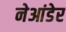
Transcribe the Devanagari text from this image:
नेआंडेर